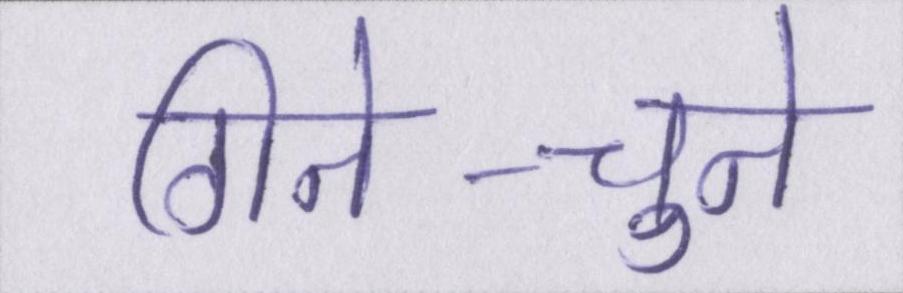
गिने-चुने